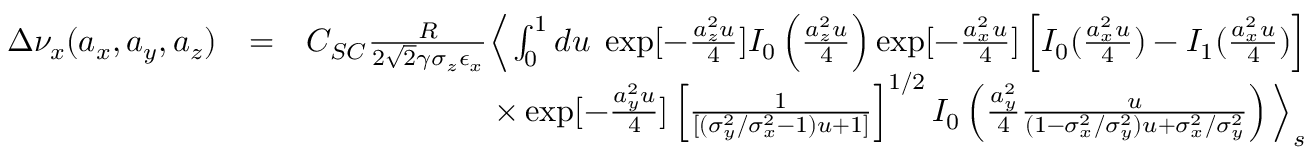
\begin{array} { r l r } { \Delta \nu _ { x } ( a _ { x } , a _ { y } , a _ { z } ) } & { = } & { C _ { S C } \frac { R } { 2 \sqrt { 2 } \gamma \sigma _ { z } \epsilon _ { x } } { \Big \langle } \int _ { 0 } ^ { 1 } d u \; \exp [ - \frac { a _ { z } ^ { 2 } u } { 4 } ] I _ { 0 } \left( \frac { a _ { z } ^ { 2 } u } { 4 } \right) \exp [ - \frac { a _ { x } ^ { 2 } u } { 4 } ] \left[ I _ { 0 } ( \frac { a _ { x } ^ { 2 } u } { 4 } ) - I _ { 1 } ( \frac { a _ { x } ^ { 2 } u } { 4 } ) \right] } \\ & { } & { \times \exp [ - \frac { a _ { y } ^ { 2 } u } { 4 } ] \left[ \frac { 1 } { [ ( \sigma _ { y } ^ { 2 } / \sigma _ { x } ^ { 2 } - 1 ) u + 1 ] } \right] ^ { 1 / 2 } I _ { 0 } \left( \frac { a _ { y } ^ { 2 } } { 4 } \frac { u } { ( 1 - \sigma _ { x } ^ { 2 } / \sigma _ { y } ^ { 2 } ) u + \sigma _ { x } ^ { 2 } / \sigma _ { y } ^ { 2 } } \right) { \Big \rangle _ { s } } } \\ & { } & \end{array}